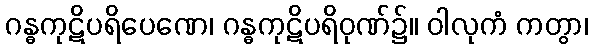
ဂန္ဓကုဋိပရိပေဏေ၊ ဂန္ဓကုဋိပရိဝုဏ်၌။ ဝါလုကံ ကတွာ၊